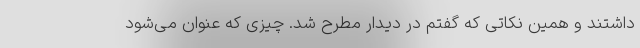
داشتند و همین نکاتی که گفتم در دیدار مطرح شد. چیزی که عنوان می‌شود